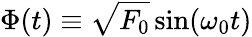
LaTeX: \Phi(t)\equiv\sqrt{F_{0}}\sin(\omega_{0}t)